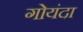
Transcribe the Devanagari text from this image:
गोयंदा